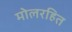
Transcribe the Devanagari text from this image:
मोलरहित